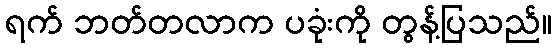
ရက် ဘတ်တလာက ပခုံးကို တွန့်ပြသည်။